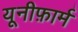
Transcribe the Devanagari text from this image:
यूनीफ़ार्म